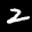
Label: 2